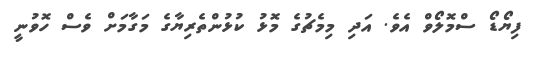
ފިޔޯޑޯ ސްމޮލޯވް އެވެ. އަދި މިމެޗުގެ މޮޅު ކުޅުންތެރިޔާގެ މަގާމަށް ވެސް ހޮވުނީ